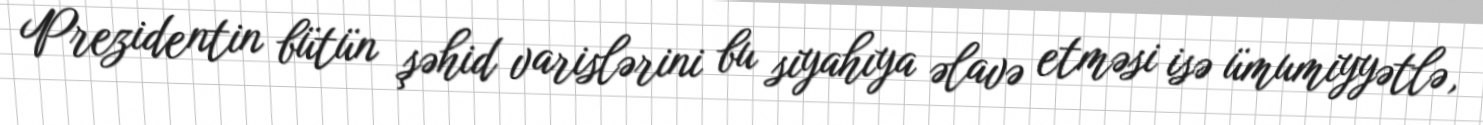
Prezidentin bütün şəhid varislərini bu siyahıya əlavə etməsi isə ümumiyyətlə,